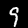
Digit: 9